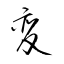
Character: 変